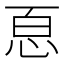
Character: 𢙯